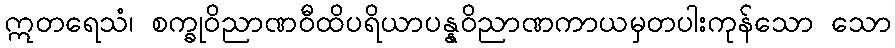
ဣတရေသံ၊ စက္ခုဝိညာဏဝီထိပရိယာပန္နဝိညာဏကာယမှတပါးကုန်သော သော